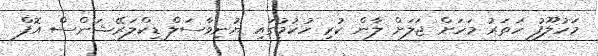
މަހުލޫފު ހަތަރު މަހަށް ޖަލަށް ލާން ކުރި ހުކުމުގައި ޔުނިވާސަލް ޑިކްލަރޭޝަންސް އޮފް